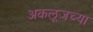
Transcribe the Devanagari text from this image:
अकलूजच्या